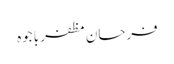
فرحان مظفر باجوہ